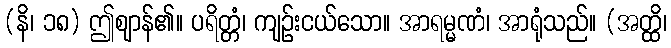
(နိ၊ ၁၈) ဤဈာန်၏။ ပရိတ္တံ၊ ကျဉ်းငယ်သော။ အာရမ္မဏံ၊ အာရုံသည်။ (အတ္ထိ၊